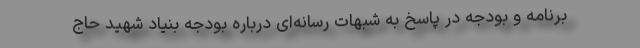
برنامه و بودجه در پاسخ به شبهات رسانه‌ای درباره بودجه بنیاد شهید حاج